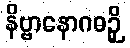
နိဗ္ဗာနောဂဓဉှိ